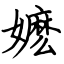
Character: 嬷